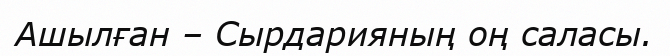
Ашылған – Сырдарияның оң саласы.